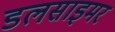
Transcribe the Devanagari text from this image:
डलसाइमर